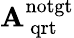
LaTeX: {\mathbf{A}_{\, \mathrm{{{qrt}}}}^{\mathrm{{{notgt}}}}}